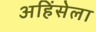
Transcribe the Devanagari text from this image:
अहिंसेला